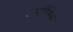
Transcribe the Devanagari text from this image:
अनीतिक